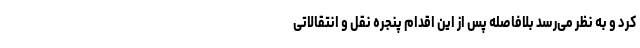
کرد و به نظر می‌رسد بلافاصله پس از این اقدام پنجره نقل و انتقالاتی